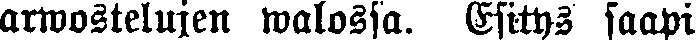
arwostelujen walossa. Esitys saapi